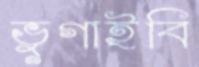
ভুগাইবি